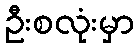
ဦးစလုံးမှာ